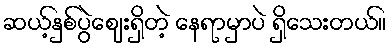
ဆယ့်နှစ်ပွဲဈေးရှိတဲ့ နေရာမှာပဲ ရှိသေးတယ်။